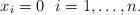
LaTeX: \begin{gather*}x_i=0 \ \ i=1,\dots,n.\end{gather*}